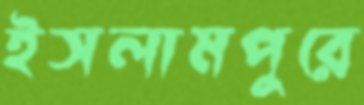
ইসলামপুরে